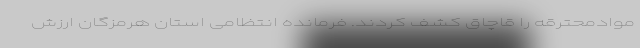
موادمحترقه را قاچاق کشف کردند. فرمانده انتظامی استان هرمزگان ارزش